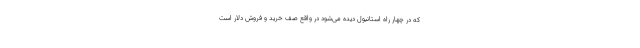
که در چهار راه استانبول دیده می‌شود در واقع صف خرید و فروش دلار است